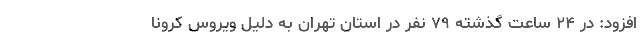
افزود: در ۲۴ ساعت گذشته ۷۹ نفر در استان تهران به دلیل ویروس کرونا